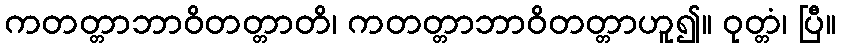
ကတတ္တာဘာဝိတတ္တာတိ၊ ကတတ္တာဘာဝိတတ္တာဟူ၍။ ဝုတ္တံ၊ ပြီ။